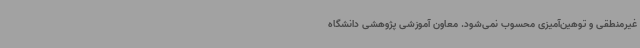
غیرمنطقی و توهین‌آمیزی محسوب نمی‌شود. معاون آموزشی پژوهشی دانشگاه